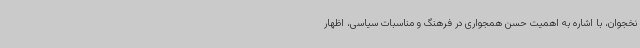
نخجوان، با اشاره به اهمیت حسن همجواری در فرهنگ و مناسبات سیاسی، اظهار